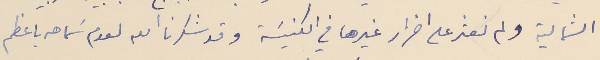
الشمالية ولم نعثر على اضرار غيرها في الكنيسَة وقد شكرنا الله لعدم سَماحه باعظم